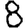
Digit: 8